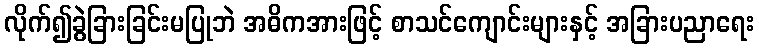
လိုက်၍ခွဲခြားခြင်းမပြုဘဲ အဓိကအားဖြင့် စာသင်ကျောင်းများနှင့် အခြားပညာရေး